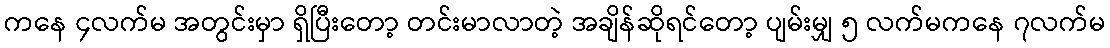
ကနေ ၄လက်မ အတွင်းမှာ ရှိပြီးတော့ တင်းမာလာတဲ့ အချိန်ဆိုရင်တော့ ပျမ်းမျှ ၅ လက်မကနေ ၇လက်မ